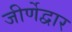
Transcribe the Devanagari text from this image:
जीर्णेद्वार